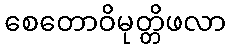
စေတောဝိမုတ္တိဖလာ